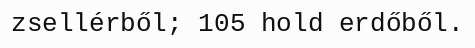
zsellérből; 105 hold erdőből.